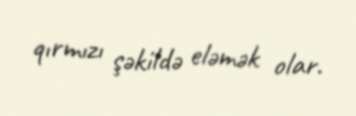
qırmızı şəkildə eləmək olar.